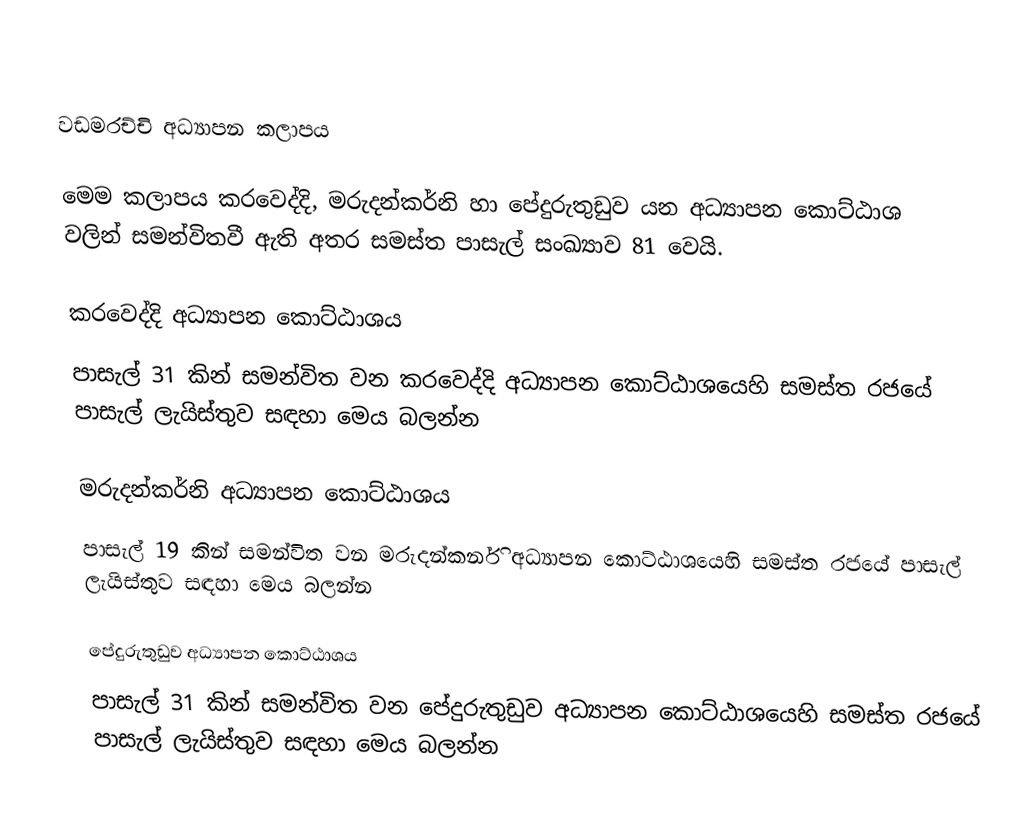

වඩමරච්චි අධ්‍යාපන කලාපය

මෙම කලාපය කරවෙද්දි, මරුදන්කර්නි හා පේදුරුතුඩුව යන අධ්‍යාපන කොට්ඨාශ වලින් සමන්විතවී ඇති අතර සමස්ත පාසැල් සංඛ්‍යාව 81 වෙයි.

කරවෙද්දි අධ්‍යාපන කොට්ඨාශය
පාසැල් 31 කින් සමන්විත වන කරවෙද්දි අධ්‍යාපන කොට්ඨාශයෙහි සමස්ත රජයේ පාසැල් ලැයිස්තුව සඳහා මෙය බලන්න

මරුදන්කර්නි අධ්‍යාපන කොට්ඨාශය
පාසැල් 19 කින් සමන්විත වන මරුදන්කර්නි අධ්‍යාපන කොට්ඨාශයෙහි සමස්ත රජයේ පාසැල් ලැයිස්තුව සඳහා මෙය බලන්න

පේදුරුතුඩුව අධ්‍යාපන කොට්ඨාශය
පාසැල් 31 කින් සමන්විත වන පේදුරුතුඩුව අධ්‍යාපන කොට්ඨාශයෙහි සමස්ත රජයේ පාසැල් ලැයිස්තුව සඳහා මෙය බලන්න